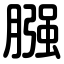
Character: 膙